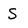
Character: S